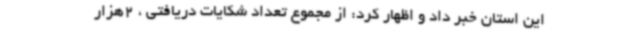
این استان خبر داد و اظهار کرد: از مجموع تعداد شکایات دریافتی ، 2هزار